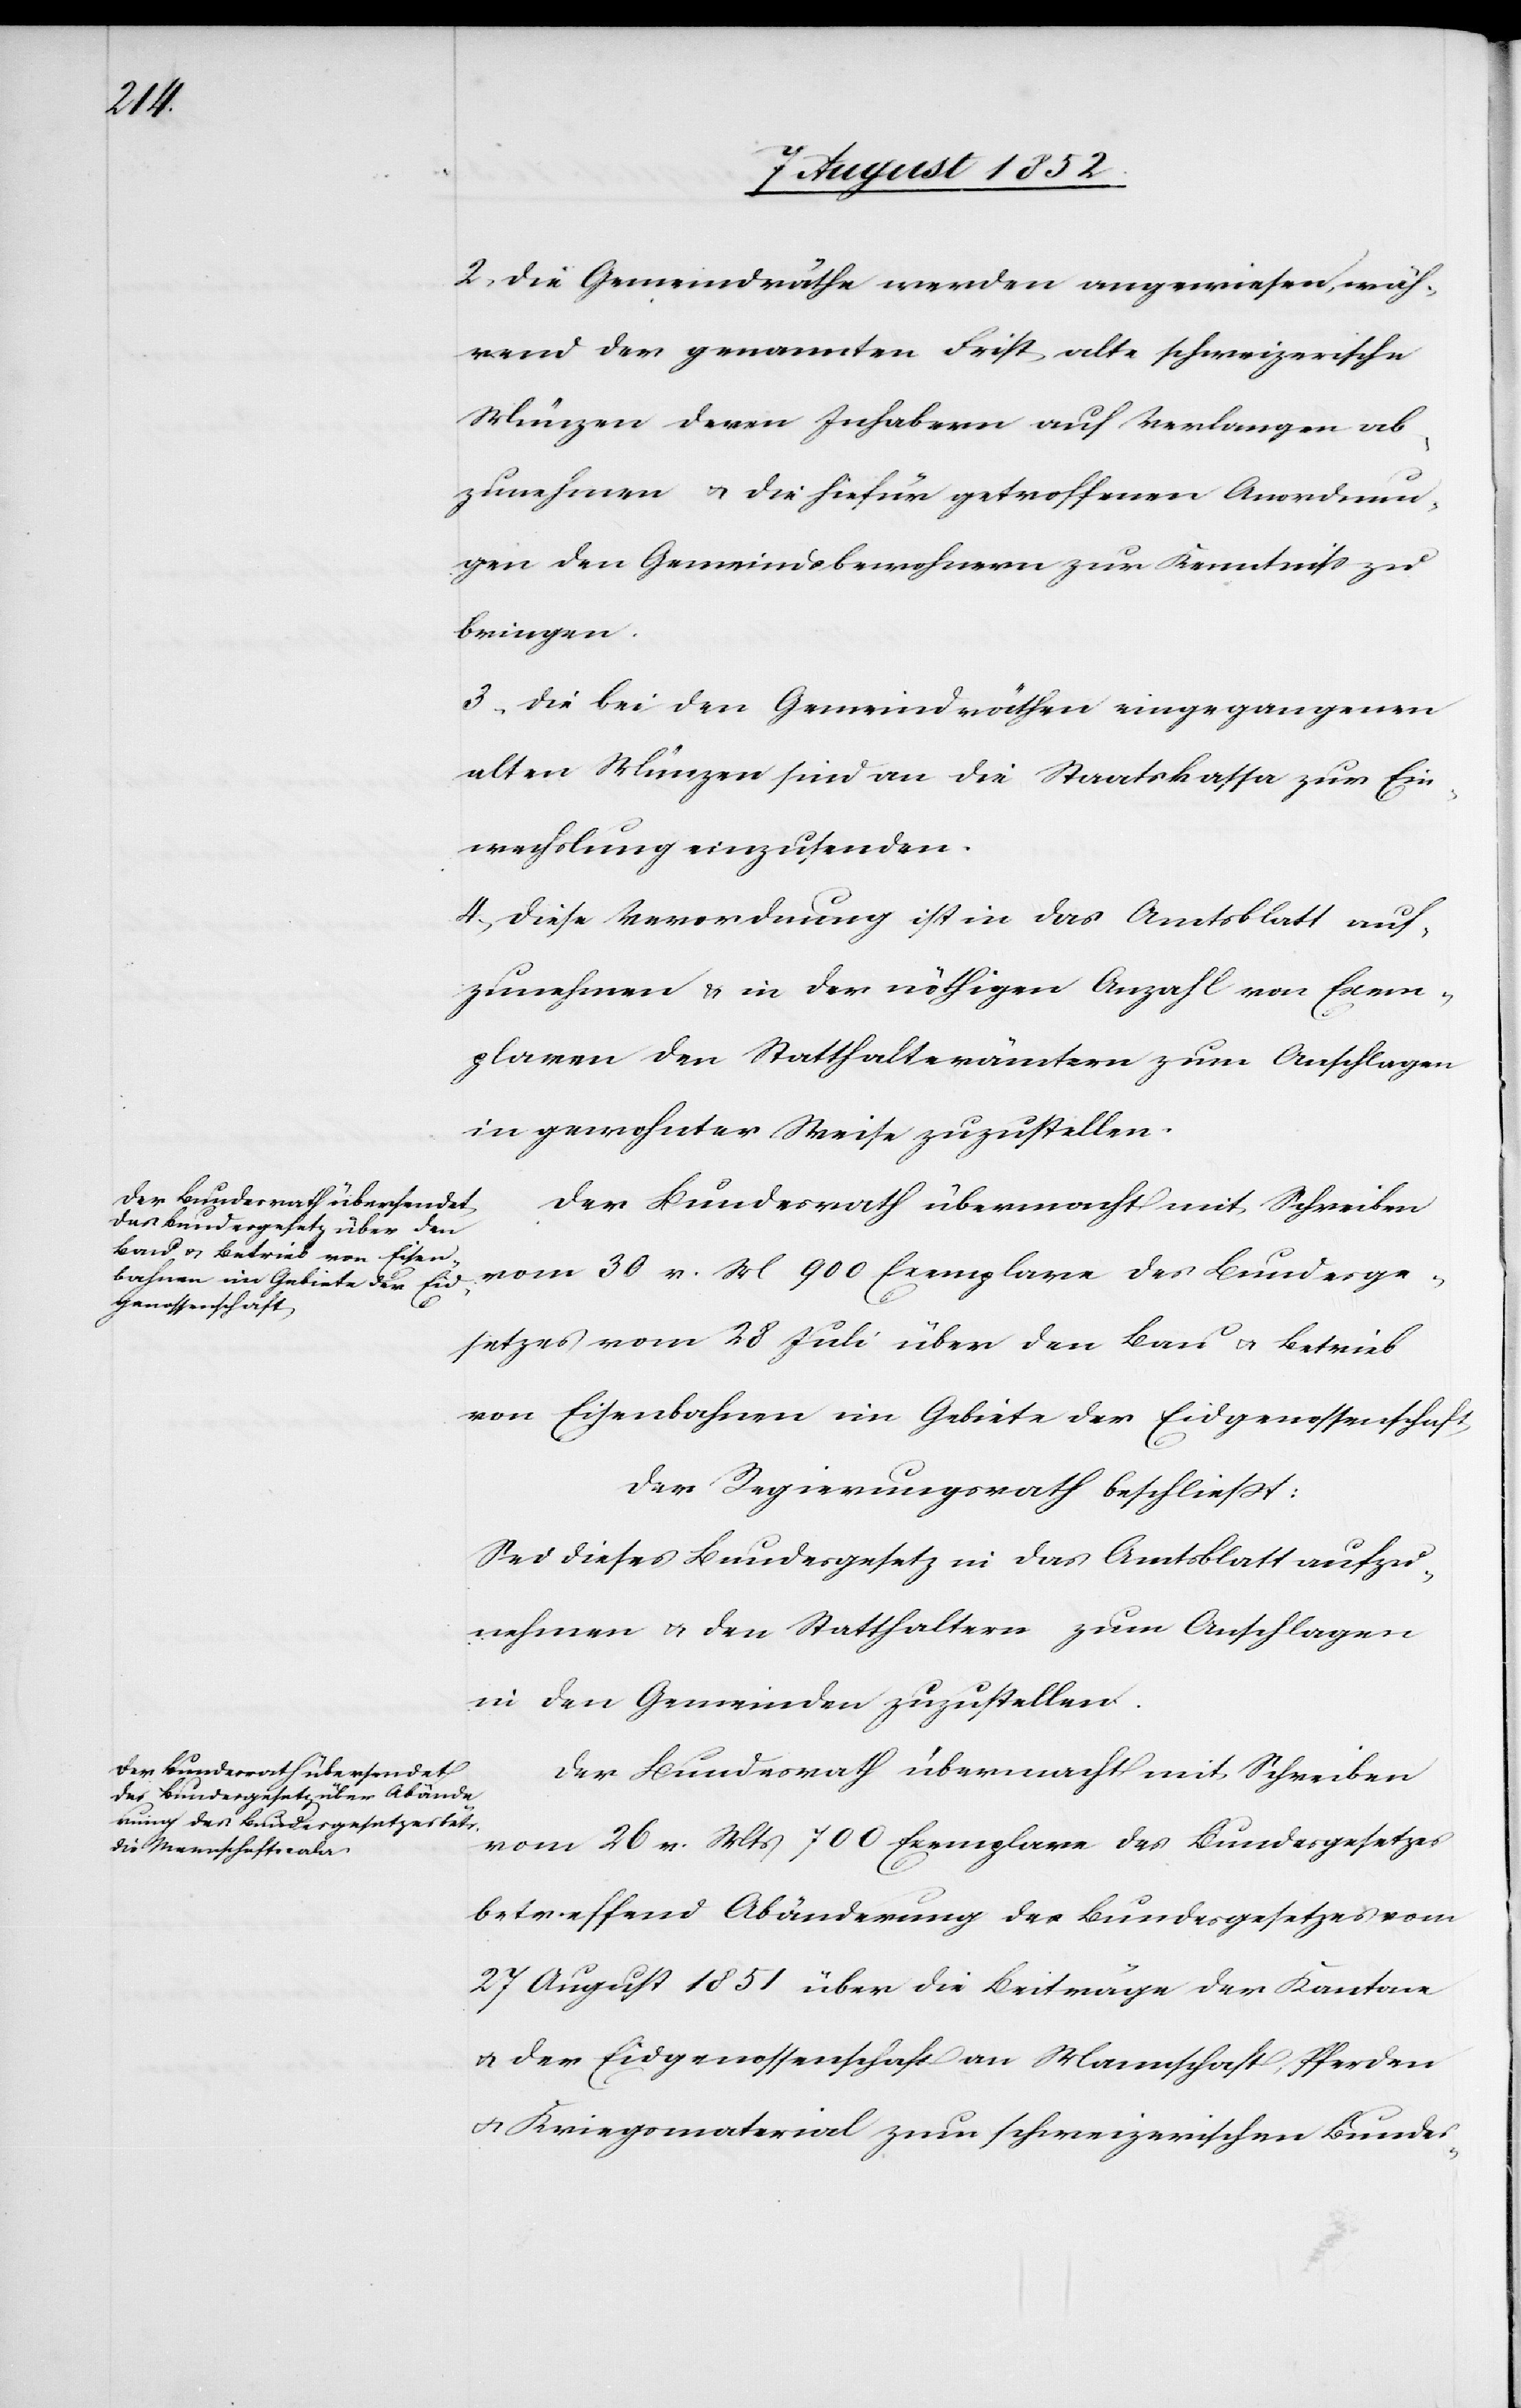
28

2, Die Gemeindräthe werden angewiesen, wäh¬
rend der genannten Frist alte schweizerische
Münzen deren Inhabern auf Verlangen ab¬
zunehmen & die hiefür getroffenen Anordnun¬
gen den Gemeindsbewohnern zur Kenntniss zu
bringen.
3, Die bei den Gemeindräthen eingegangenen
alten Münzen sind an die Staatskassa zur Ein¬
wechslung einzusenden.
4, Diese Verordnung ist in das Amtsblatt auf¬
zunehmen & in der nöthigen Anzahl von Exem¬
plaren den Statthalterämtern zum Anschlagen
in gewohnter Weise zuzustellen.
von Eisenbahnen im Gebiete der Eidgenossenschaft
Der Regierungsrath beschließt:
Sei dieses Bundesgesetz in das Amtsblatt aufzu¬
nehmen & den Statthaltern zum Anschlagen
in den Gemeinden zuzustellen.
Der Bundesrath übermacht mit Schreiben
vom 26 v. Mts 700 Exemplare des Bundesgesetzes
betreffend Abänderung des Bundesgesetzes vom
27 August 1851 über die Beiträge der Kantone
& der Eidgenossenschaft an Mannschaft, Pferden
& Kriegsmaterial zum schweizerischen Bundes-